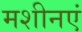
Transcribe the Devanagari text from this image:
मशीनएं